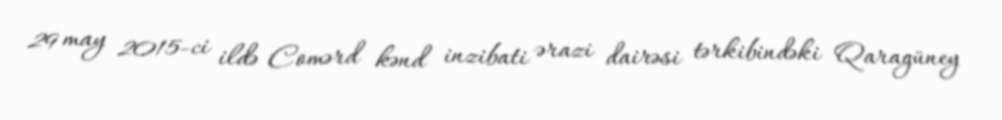
29 may 2015-ci ildə Comərd kənd inzibati ərazi dairəsi tərkibindəki Qaragüney